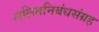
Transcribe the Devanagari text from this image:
ललितनिबंधसंग्रह